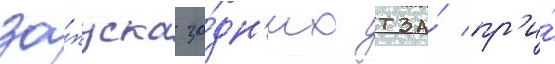
за́пуска за́дн'их тза́ пр'и́